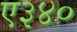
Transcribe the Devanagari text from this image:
ए३४०